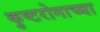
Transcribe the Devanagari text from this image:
कुष्टरोगाच्या